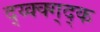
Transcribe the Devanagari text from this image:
द्य्क्क्ग्द्क